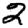
Digit: 2